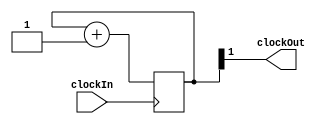
`timescale 1ns / 1ps

module clockDivider(
		input clockIn,
		output clockOut
	);
	parameter clockdivs = 1;
    reg [clockdivs:0] counter;

    always @(posedge clockIn) begin
        counter <= counter + 1;
    end
    assign clockOut = counter[clockdivs];
	

    initial counter = 0;
 
endmodule